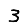
Digit: 3